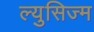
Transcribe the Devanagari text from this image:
ल्युसिज्म